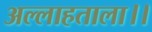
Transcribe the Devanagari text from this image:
अल्लाहताला।।